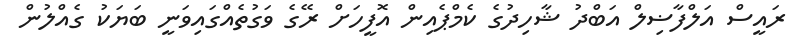
ރައީސް އަލްފާޟިލް އަބްދު ޝާހިދުގެ ކެމްޕެއިން އޮފީހަށް ރޭގެ ވަގުތެއްގައިވަނީ ބަޔަކު ގެއްލުން